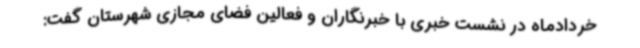
خردادماه در نشست خبری با خبرنگاران و فعالین فضای مجازی شهرستان گفت: